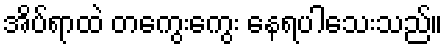
အိပ်ရာထဲ တကွေးကွေး နေရပါသေးသည်။